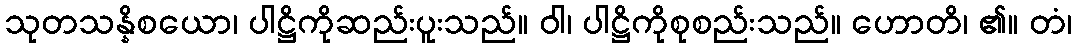
သုတသန္နိစယော၊ ပါဋ္ဌိကိုဆည်းပူးသည်။ ဝါ၊ ပါဋ္ဌိကိုစုစည်းသည်။ ဟောတိ၊ ၏။ တံ၊